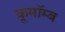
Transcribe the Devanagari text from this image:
कूमॉम्ब